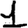
Digit: 1